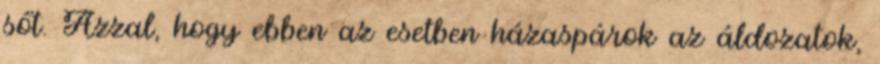
sőt. Azzal, hogy ebben az esetben házaspárok az áldozatok,